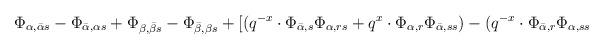
LaTeX: \begin{align*}\Phi_{\alpha, \bar \alpha s} - \Phi_{\bar \alpha, \alpha s} + \Phi_{\beta, \bar \beta s} - \Phi_{\bar \beta, \beta s} + [(q^{-x} \cdot \Phi_{\bar \alpha,s}\Phi_{\alpha, rs} + q^x \cdot \Phi_{\alpha, r} \Phi_{\bar \alpha, ss}) - (q^{-x} \cdot \Phi_{\bar \alpha, r} \Phi_{\alpha, ss}\end{align*}